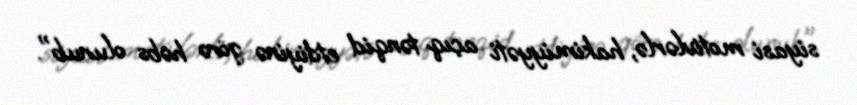
siyasi motivlərlə, hakimiyyəti açıq tənqid etdiyinə görə həbs olunub".